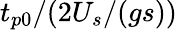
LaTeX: t_{p0}/(2U_{s}/(gs))